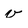
Character: v